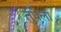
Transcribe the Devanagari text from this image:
तुपेला